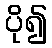
ပို၍